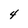
Character: 4